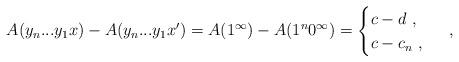
LaTeX: \begin{align*}A(y_n...y_1x) - A(y_n...y_1x') = A(1^\infty) - A(1^n 0^\infty) = \begin{cases}c - d \ , \\c - c_n \ , \end{cases} \ ,\end{align*}